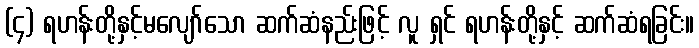
(၄) ရဟန်းတို့နှင့်မလျော်သော ဆက်ဆံနည်းဖြင့် လူ ရှင် ရဟန်းတို့နှင့် ဆက်ဆံရခြင်း။